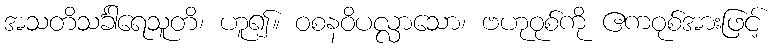
အသတိသင်္ခါရေသူတိ၊ ဟူ၍။ ဝစနဝိပလ္လာသော၊ ဗဟုဝုစ်ကို ဧကဝုစ်အားဖြင့်